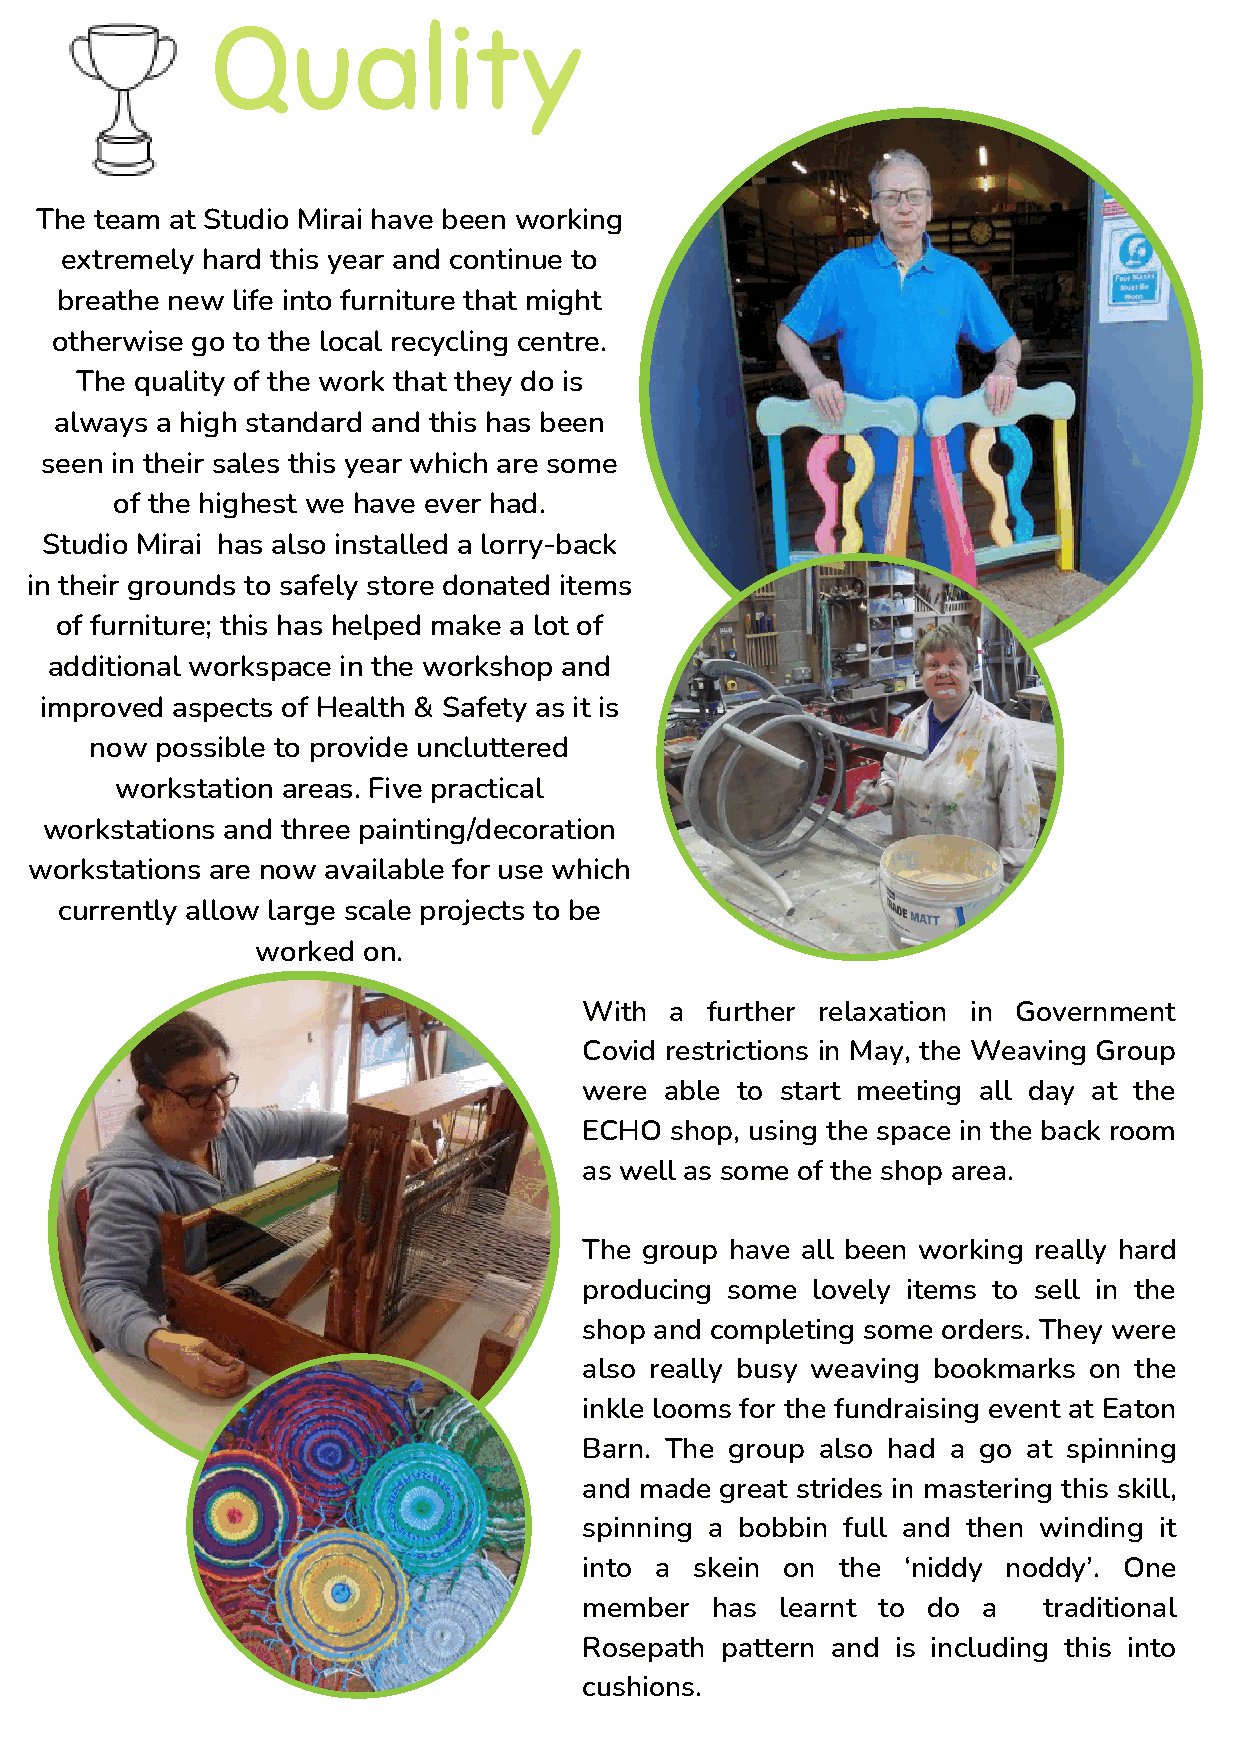
Quality
 The team at Studio Mirai have been working
 extremely hard this year and continue to
 breathe new life into furniture that might
 otherwise go to the local recycling centre.
 The quality of the work that they do is
 always a high standard and this has been
 seen in their sales this year which are some
 of the highest we have ever had.
 Studio Mirai has also installed a lorry-back
 in their grounds to safely store donated items
 of furniture; this has helped make a lot of
 additional workspace in the workshop and
 improved aspects of Health & Safety as it is
 now possible to provide uncluttered
 workstation areas. Five practical
 workstations and three painting/decoration
 workstations are now available for use which
 currently allow large scale projects to be
 worked on.
 With a  further relaxation in Government
 Covid restrictions in May, the Weaving Group
 were able to start meeting all day at the
 ECHO shop, using the space in the back room
 as well as some of the shop area.
 The group have all been working really hard
 producing some lovely items to sell in the
 shop and completing some orders. They were
 also really busy weaving bookmarks on the
 inkle looms for the fundraising event at Eaton
 Barn. The group also had a go at spinning
 and made great strides in mastering this skill,
 spinning a bobbin full and then winding it
 into a skein on  the ‘niddy noddy’. One
 member  has  learnt to do a   traditional
 Rosepath pattern and is including this into
 cushions.